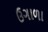
ઉગાળા